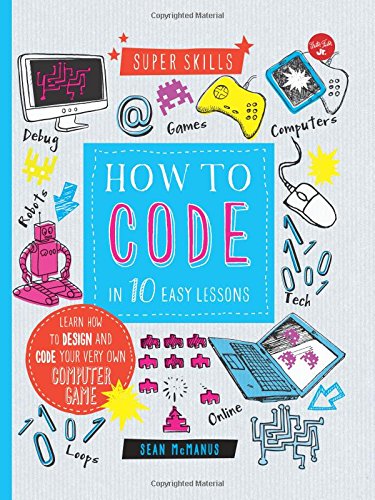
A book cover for How to Code in 10 Easy Lessons: Learn how to design and code your very own computer game (Super Skills); Sean McManus; Children's Books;